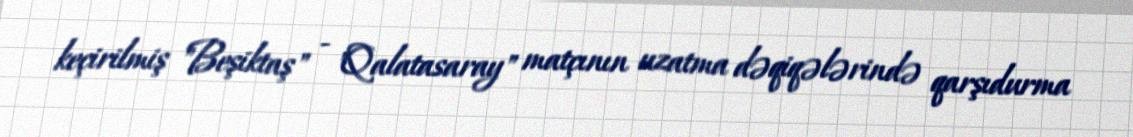
keçirilmiş "Beşiktaş" - "Qalatasaray" matçının uzatma dəqiqələrində qarşıdurma